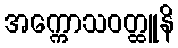
အက္ကောသဝတ္ထူနိ